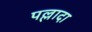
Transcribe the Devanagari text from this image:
पल्लादा